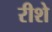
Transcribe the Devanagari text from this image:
रीशे